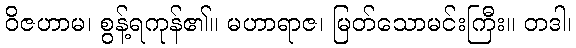
ဝိဇဟာမ၊ စွန့်ရကုန်၏။ မဟာရာဇ၊ မြတ်သောမင်းကြီး။ တဒါ၊